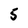
Character: 5